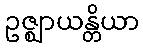
ဥဇ္ဈာယန္တိယာ